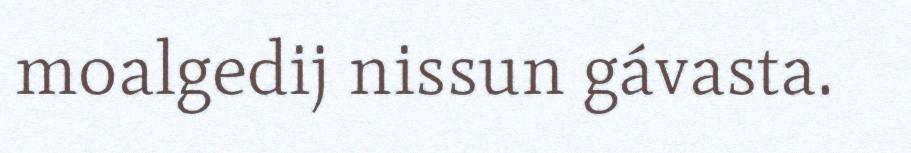
moalgedij nissun gávasta.